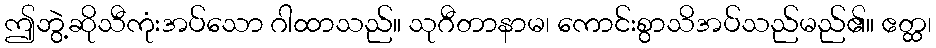
ဤဘွဲ့ဆိုသီကုံးအပ်သော ဂါထာသည်။ သုဂီတာနာမ၊ ကောင်းစွာသိအပ်သည်မည်၏။ ဧတ္ထ၊